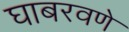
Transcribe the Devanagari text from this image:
घाबरवणे